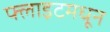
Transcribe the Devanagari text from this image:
फ्लाइटमधून